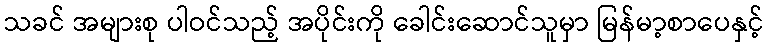
သခင် အများစု ပါဝင်သည့် အပိုင်းကို ခေါင်းဆောင်သူမှာ မြန်မာ့စာပေနှင့်